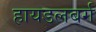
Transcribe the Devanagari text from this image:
हायडलबर्ग